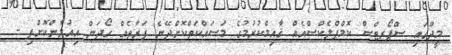
މީދޫގައި ސްޕޯރޓްސް ކޮމްޕްލެކްސްއެއް ޤާއިމްކުރުމުގެ މަސައްކަތްކޮށްދޭނެ ފަރާތެއް ހޯދަން އިއުލާންކޮށްފި -